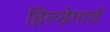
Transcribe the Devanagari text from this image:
हिल्ड़ेगार्ड